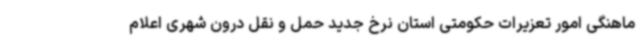
ماهنگی امور تعزیرات حکومتی استان نرخ جدید حمل و نقل درون شهری اعلام